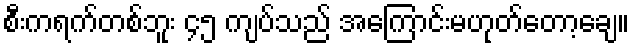
စီးကရက်တစ်ဘူး ၄၅ ကျပ်သည် အကြောင်းမဟုတ်တော့ချေ။